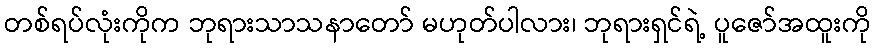
တစ်ရပ်လုံးကိုက ဘုရားသာသနာတော် မဟုတ်ပါလား၊ ဘုရားရှင်ရဲ့ ပူဇော်အထူးကို